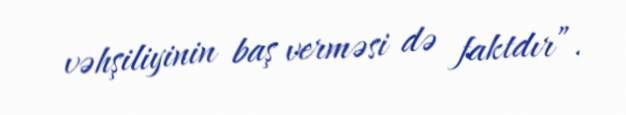
vəhşiliyinin baş verməsi də faktdır”.